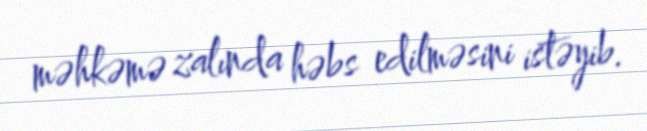
məhkəmə zalında həbs edilməsini istəyib.